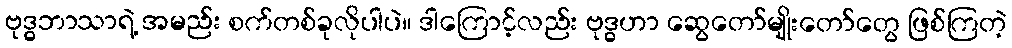
ဗုဒ္ဓဘာသာရဲ့ အမည်း စက်တစ်ခုလိုပါပဲ။ ဒါကြောင့်လည်း ဗုဒ္ဓဟာ ဆွေတော်မျိုးတော်တွေ ဖြစ်ကြတဲ့